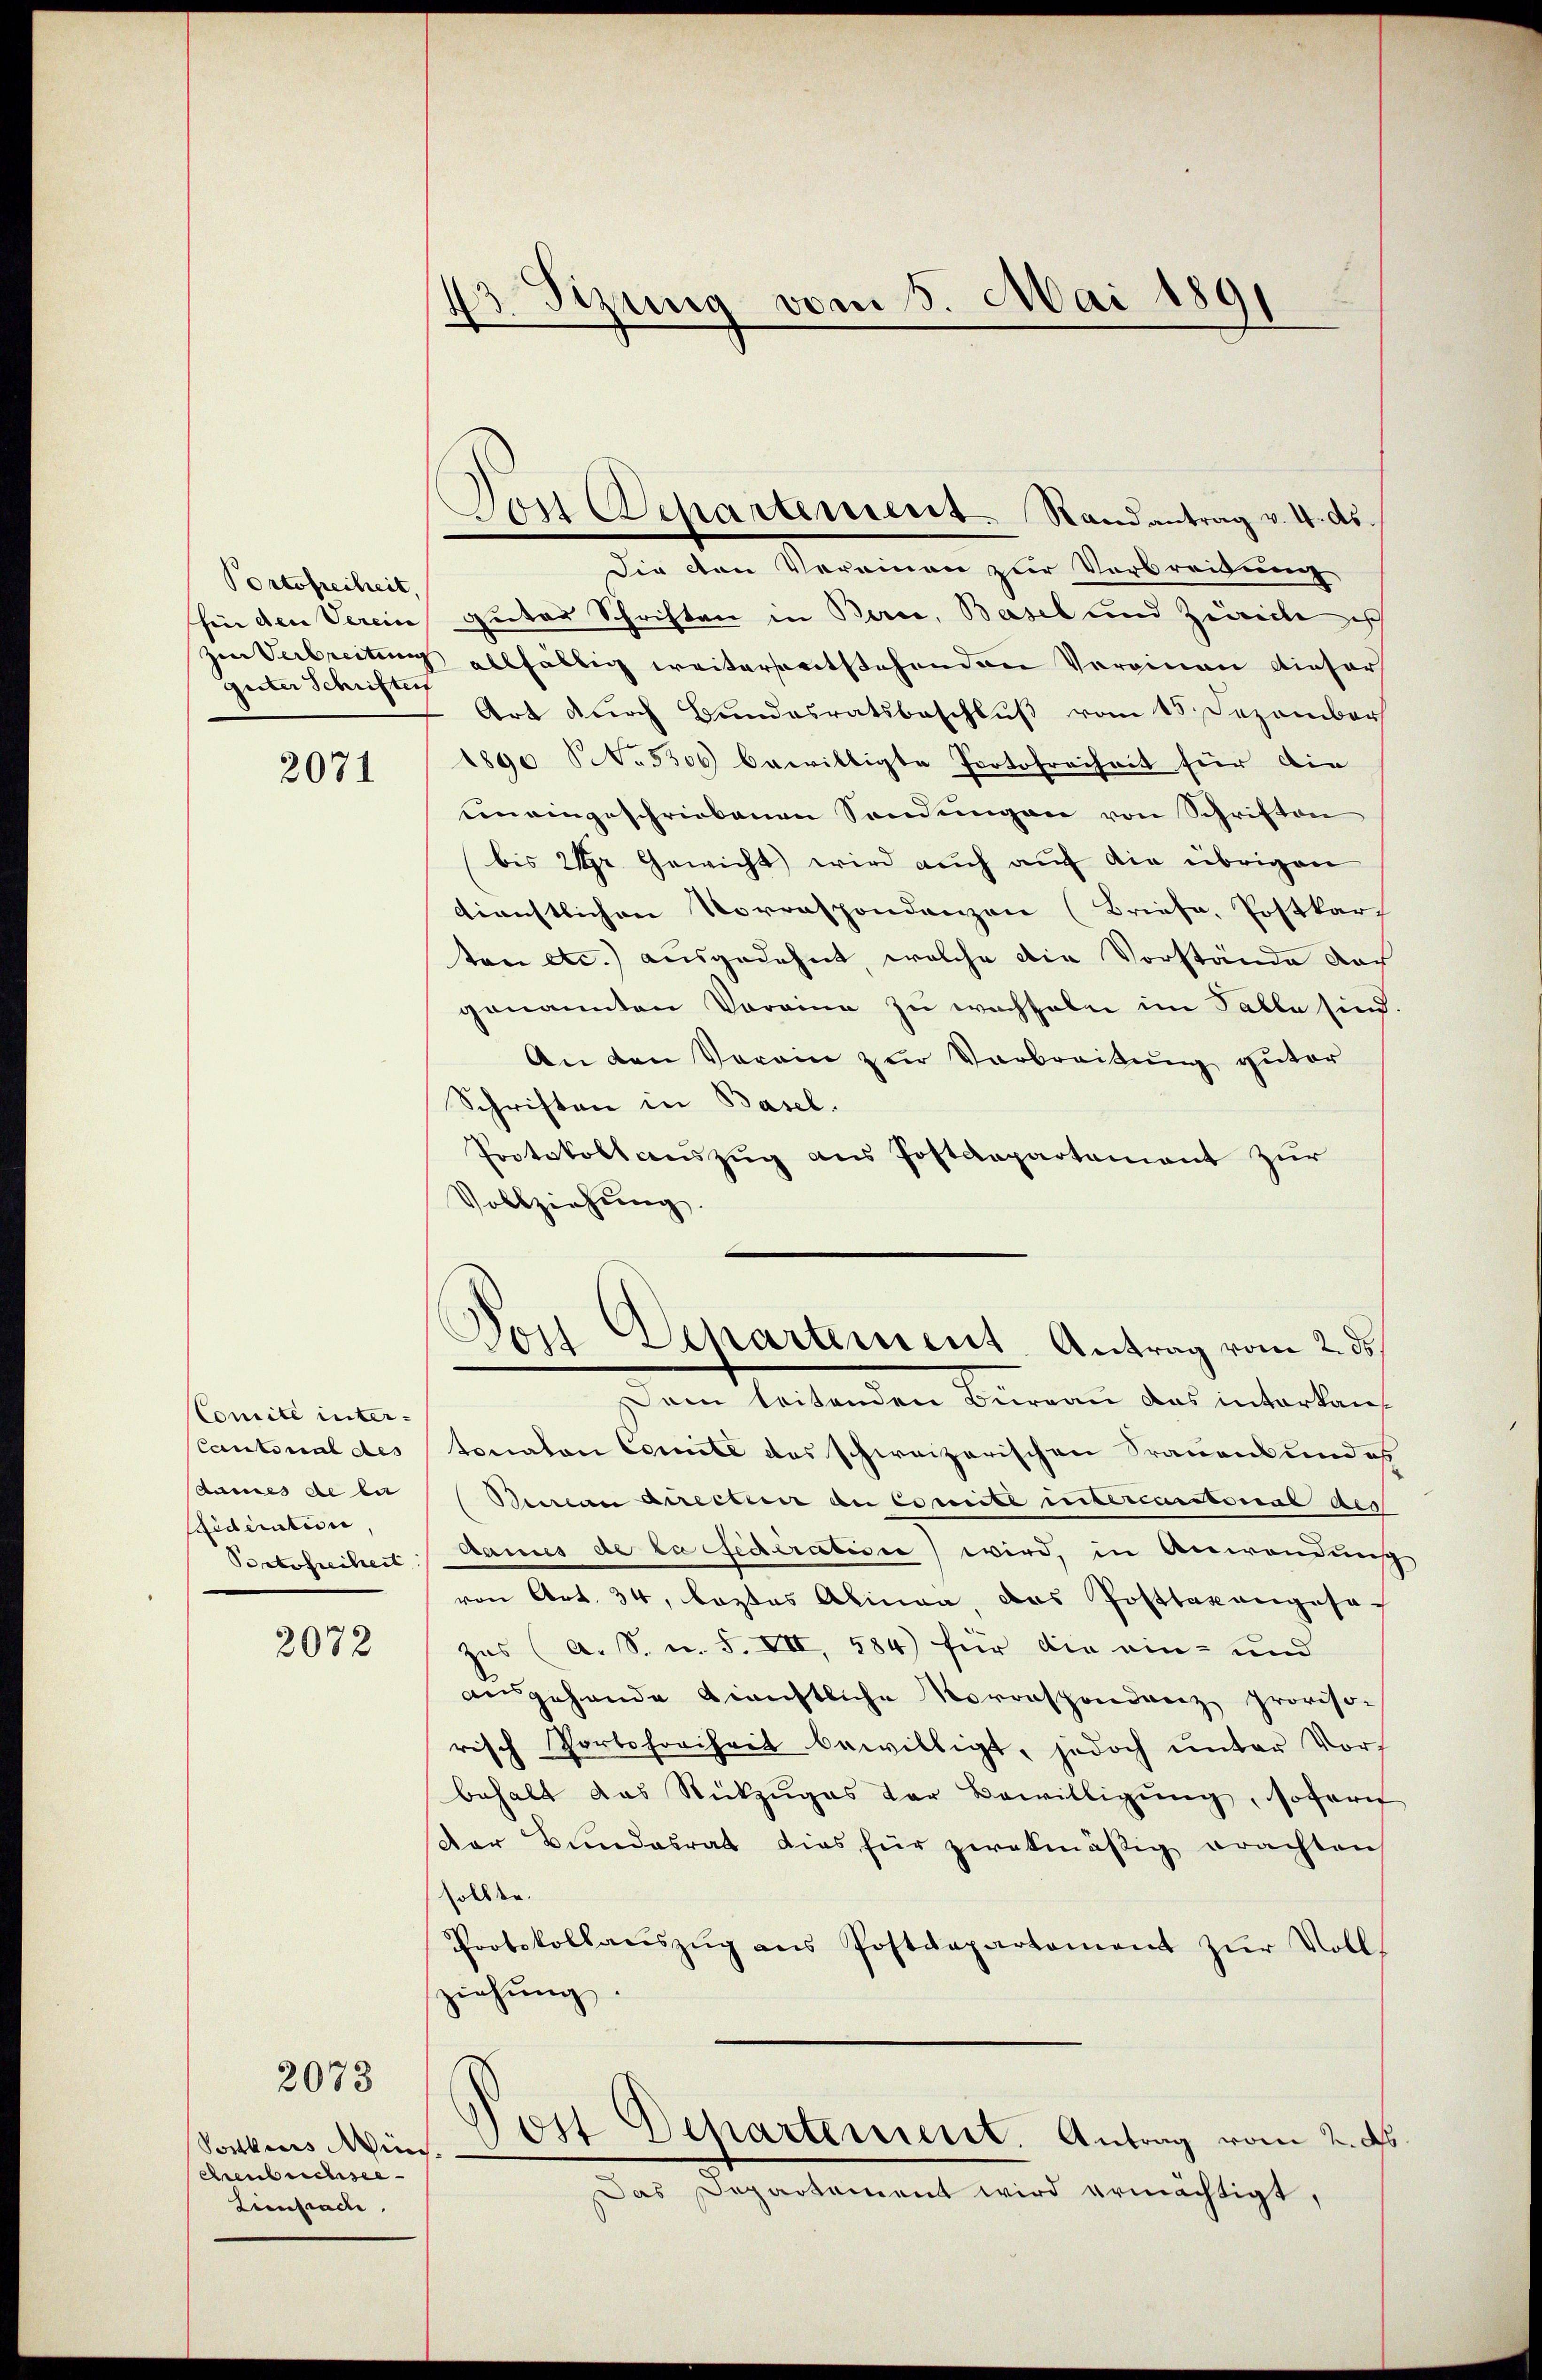
Portofreiheit,
hin den Verein
guter Schriften

2071

CComité inter¬
Cantonal des |
dames de der
Sideration,
Portofreiheit

2072

Vorkers ins¬
Chenbuchsee
Lietrade.

2073

d
3. Sitzung vom 5. Mai 1891

von Departement. Randantrag v. 4. ds.

Tor Departement Antrag vom 2. ds.

Die von Vereinen zur Verbreidung
guter Schriften in Berce, Basel und Zugreibe ich
zur Verbreitung allfällig weitersentstehenden Vereinen dieser
Art durch Bundesratsbeschlŭβ vom 15. Dezember
1890 N. 5500 bewilligte Protofreiheit für die
eineingeschriebenen Sendungen von Schriften
bis 2 pr. Gewicht wird auch auf die übrigen
dienstlichen Vorrespondenzen (Briefe, Postkar
ton etc.) ausgedehnt, welche die Vorstände doch
genannten Voreine zu wachseln im Falle sind.
An den Verein zur Verbreitung guter
Schriften in Basel.
Protokollauszug aus Postdepartement zur
Vollziehung.
Dann leitenden Büreau das interkauf
tonalen Comité des schweizerischen Trauenbundes
Beman directen an Comit intercuratorial des
Aames de la federatisie wird, in Anwendnuß
von Art. 34, leztes Alinea, das Posttaxangesa
Zus (A. S. m. S. VII, 584 für die ein- und
ausgehande dienstliche Korrespondenz proviso-
risch Portsfreiheit bewilligt, jedoch ŭnter Vors
behalt das Rückzuges der Bewilligŭng, sofort
Der Bundesrat dies für zwekmäßig erachten
sollte.
Protokollaŭszŭg ans Postdepartament zŭr Volls
ziehung
ost Departement. Antrag vom 2. ds
Das Departament wird ermächtigt,